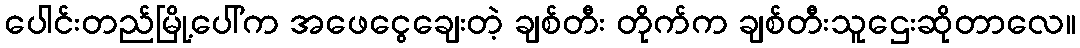
ပေါင်းတည်မြို့ပေါ်က အဖေငွေချေးတဲ့ ချစ်တီး တိုက်က ချစ်တီးသူဌေးဆိုတာလေ။